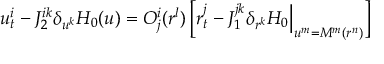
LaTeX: u _ { t } ^ { i } - J _ { 2 } ^ { i k } \delta _ { u ^ { k } } H _ { 0 } ( u ) = { \cal O } _ { j } ^ { i } ( r ^ { l } ) \, \Big [ r _ { t } ^ { j } - J _ { 1 } ^ { j k } \delta _ { r ^ { k } } H _ { 0 } \Big | _ { u ^ { m } = M ^ { m } ( r ^ { n } ) } \Big ]